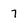
Character: 7